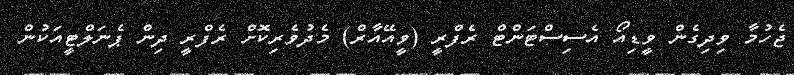
ޖެހުމާ ވިދިގެން ވީޑިއޯ އެސިސްޓަންޓް ރެފްރީ (ވީއޭއާރް) މެދުވެރިކޮށް ރެފްރީ ދިން ޕެނަލްޓީއަކުން